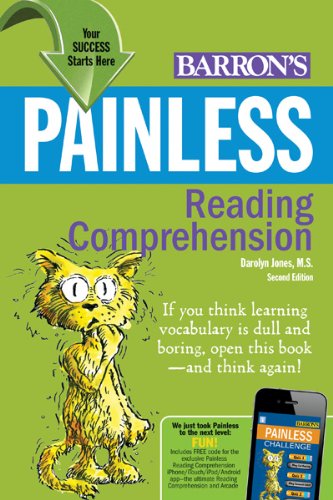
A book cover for Painless Reading Comprehension (Painless Series); Darolyn "Lyn" Jones  Ed.D.; Teen & Young Adult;